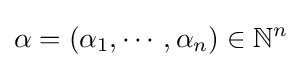
\alpha =(\alpha _{1},\cdots ,\alpha _{n})\in \mathbb {N} ^{n}